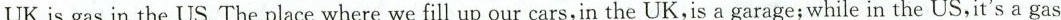
UK is gas in the US. The place where we fill up our cars,in the UK,is a garage;while in the US,it's a gas